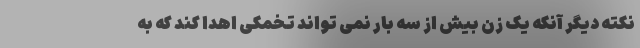
نکته دیگر آنکه یک زن بیش از سه بار نمی تواند تخمکی اهدا کند که به